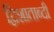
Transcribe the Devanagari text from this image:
द्विशाताब्दी